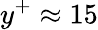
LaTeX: y^{+}\approx 15